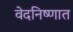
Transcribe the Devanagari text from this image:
वेदनिष्णात